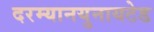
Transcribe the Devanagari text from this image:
दरम्यानयुनायटेड